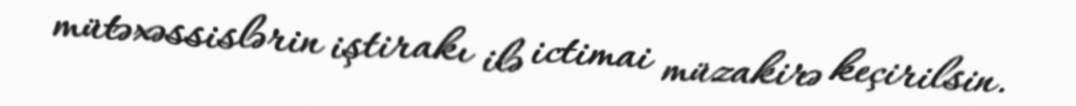
mütəxəssislərin iştirakı ilə ictimai müzakirə keçirilsin.